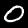
Label: 0